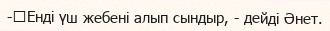
-	Енді үш жебені алып сындыр, - дейді Әнет.